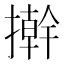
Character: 擀